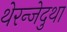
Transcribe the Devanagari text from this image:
थेरन्जेदुथा